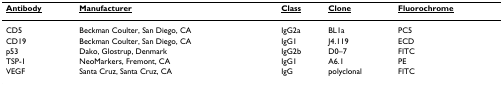
| <underline>Antibody</underline> | <underline>Manufacturer</underline> | <underline>Class</underline> | <underline>Clone</underline> | <underline>Fluorochrome</underline> |
 | --- | --- | --- | --- | --- |
 | CD5 | Beckman Coulter, San Diego, CA | IgG2a | BL1a | PC5 |
 | CD19 | Beckman Coulter, San Diego, CA | IgG1 | J4.119 | ECD |
 | p53 | Dako, Glostrup, Denmark | IgG2b | D0–7 | FITC |
 | TSP-1 | NeoMarkers, Fremont, CA | IgG1 | A6.1 | PE |
 | VEGF | Santa Cruz, Santa Cruz, CA | IgG | polyclonal | FITC |